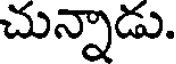
చున్నాడు.